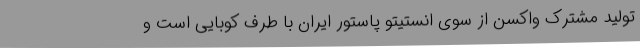
تولید مشترک واکسن از سوی انستیتو پاستور ایران با طرف کوبایی است و